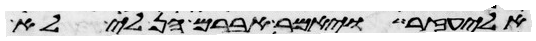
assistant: אליעזר ויאמר אברם הן לי לא